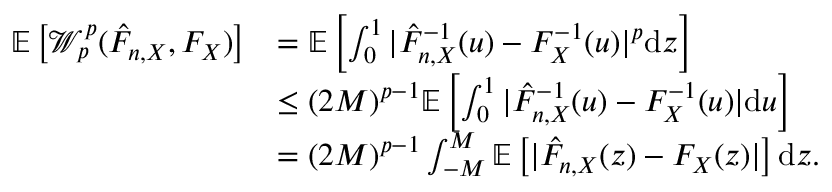
\begin{array} { r l } { \mathbb { E } \left[ \mathcal { W } _ { p } ^ { p } ( \hat { F } _ { n , X } , F _ { X } ) \right] } & { = \mathbb { E } \left[ \int _ { 0 } ^ { 1 } | \hat { F } _ { n , X } ^ { - 1 } ( u ) - F _ { X } ^ { - 1 } ( u ) | ^ { p } \mathrm { d } z \right] } \\ & { \leq ( 2 M ) ^ { p - 1 } \mathbb { E } \left[ \int _ { 0 } ^ { 1 } | \hat { F } _ { n , X } ^ { - 1 } ( u ) - F _ { X } ^ { - 1 } ( u ) | \mathrm { d } u \right] } \\ & { = ( 2 M ) ^ { p - 1 } \int _ { - M } ^ { M } \mathbb { E } \left[ | \hat { F } _ { n , X } ( z ) - F _ { X } ( z ) | \right] \mathrm { d } z . } \end{array}